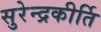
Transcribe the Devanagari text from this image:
सुरेन्द्रकीर्ति